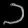
Digit: ၁